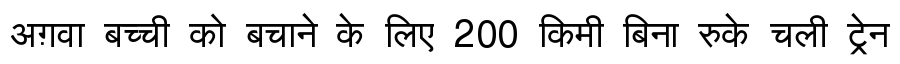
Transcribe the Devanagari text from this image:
अग़वा बच्ची को बचाने के लिए 200 किमी बिना रुके चली ट्रेन